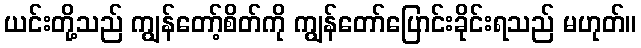
ယင်းတို့သည် ကျွန်တော့်စိတ်ကို ကျွန်တော်ပြောင်းခိုင်းရသည် မဟုတ်။